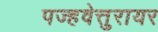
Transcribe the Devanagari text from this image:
पज्हवेत्तुरायर